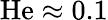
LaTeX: \mathrm{He}\approx 0.1